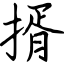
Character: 揟